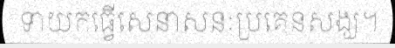
ទាយកធ្វើសេនាសនៈប្រគេនសង្ឃ។